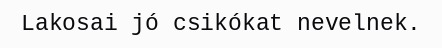
Lakosai jó csikókat nevelnek.